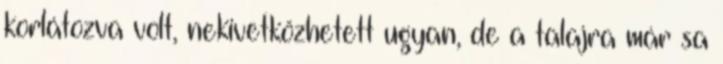
korlátozva volt, nekivetkőzhetett ugyan, de a talajra már sa